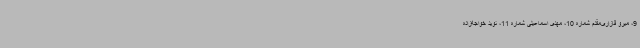
9، میرو قازاری‌مقدم شماره 10، مهدی اسماعیلی شماره 11، نوید خواجه‌زاده